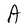
Character: A